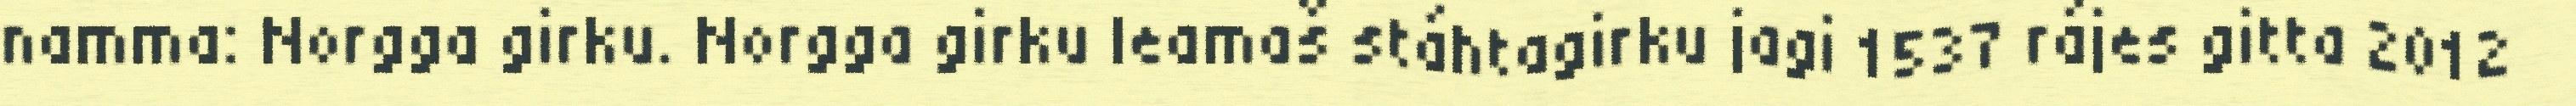
namma: Norgga girku. Norgga girku leamaš stáhtagirku jagi 1537 rájes gitta 2012